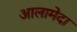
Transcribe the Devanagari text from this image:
आलामेदा